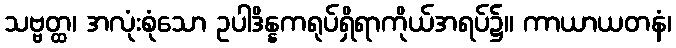
သဗ္ဗတ္ထ၊ အလုံးစုံသော ဥပါဒိန္နကရုပ်ရှိရာကိုယ်အရပ်၌။ ကာယာယတနံ၊